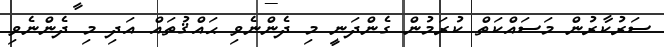
ސަރުކާރުން މަސައްކަތް ކުރަމުން ގެންދަނީ މި ދެންނެވި ޙައްޤުތައް އަދި މި ދެންނެވި